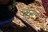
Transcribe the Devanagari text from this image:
बटृ